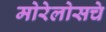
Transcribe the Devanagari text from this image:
मोरेलोसचे